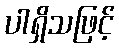
ပါရှိသဖြင့်